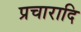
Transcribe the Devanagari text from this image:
प्रचारादि